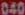
040